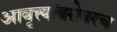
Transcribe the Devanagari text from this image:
आवृत्त्यांबरोबरच